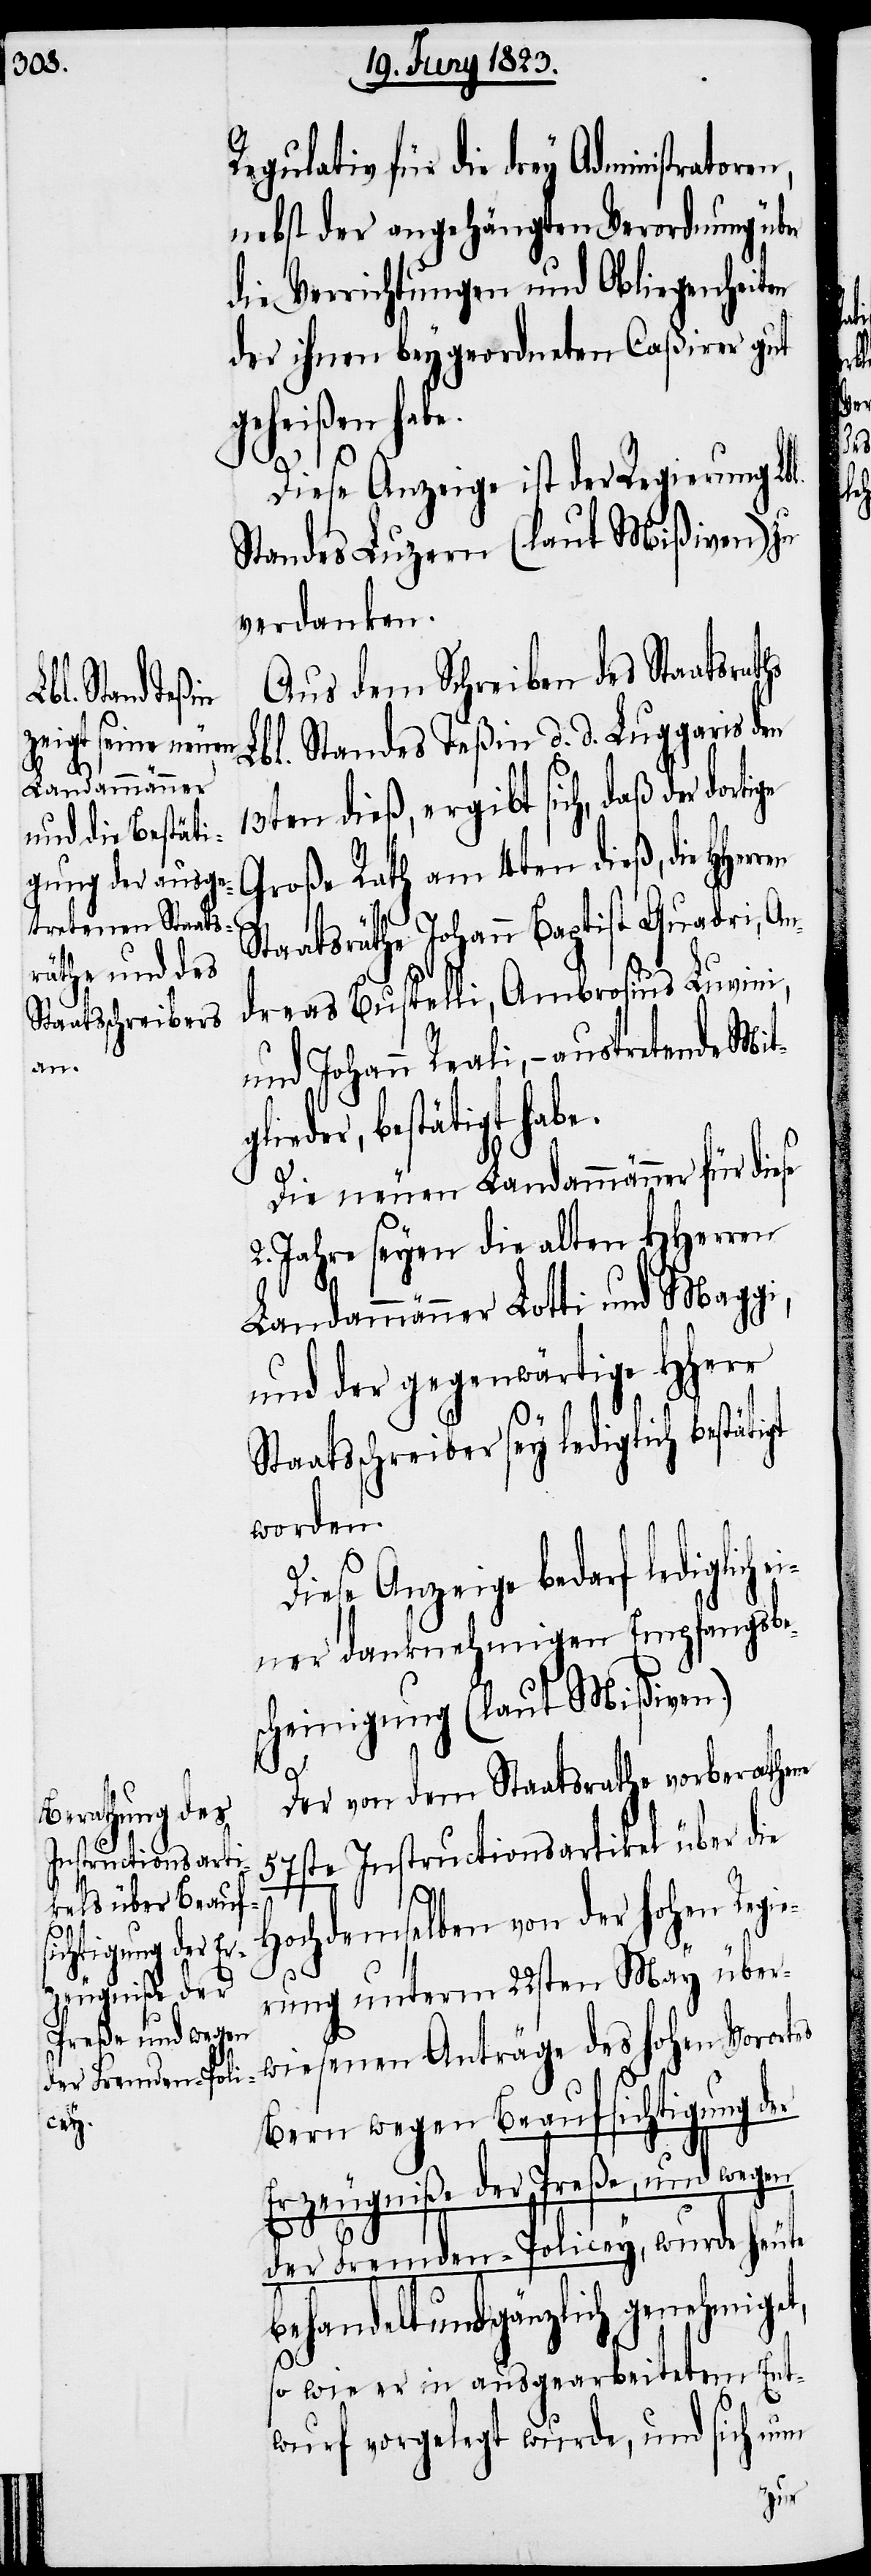
Staatsschreiber
lie¬

Regulativ für die drey Administratore¬
nebst der angehängten Verordnung über
die Verrichtungen und Obliegenheiten
der ihnen beygeordneten Caßirer gut
geheißen habe.
ne
Diese Anzeige ist der Regierung Lbl.
Standes Luzern (laut Mißiven) zu
verdanken.
Aus dem Schreiben des Staatsraths
Lbl. Standes Teßin d. d. Luggaris den
13ten dieß, ergibt sich, daß der
Große Rath am 4ten dieß, die
Staatsräthe Johann Baptist Quadri, An¬
dreas Bustelli, Ambrosius Luvini,
und Johann Reali, – austretende Mitg¬
estätigt
Die neuen Landammänner für diese
2. Jahre seyen die alten HHerren
Landammänner Lotti und Maggi,
und der gegenwärtige Hherr
worden.
Diese Anzeige bedarf lediglich
einer danknehmigen Empfangsbe¬
scheinigung (laut Mißiven).
Der von dem Staatsrathe vorberathe¬
57ste Instructionsartikel über die
Hochdemselben von der hohen Regie¬
rung unterm 22sten May über¬
wiesenen Anträge des hohen Vorortes
Bern wegen Beaufsichtigung der
Erzeugniße der Preße, und wegen
der Fremden-Policey, wurde heute
behandelt und gänzlich genehmiget,
so wie er in ausgearbeitetem Ent¬
wurf vorgelegt wurde, und sich nun